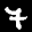
Label: 7